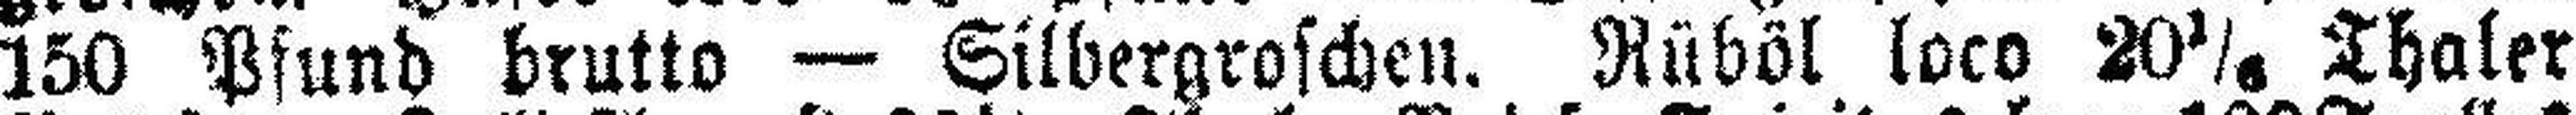
150 Pfund brutto — Silbergroschen. Rüböl loco 20⅙ Thaler